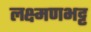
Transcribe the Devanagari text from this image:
लक्ष्मणभट्ट